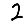
Digit: 2